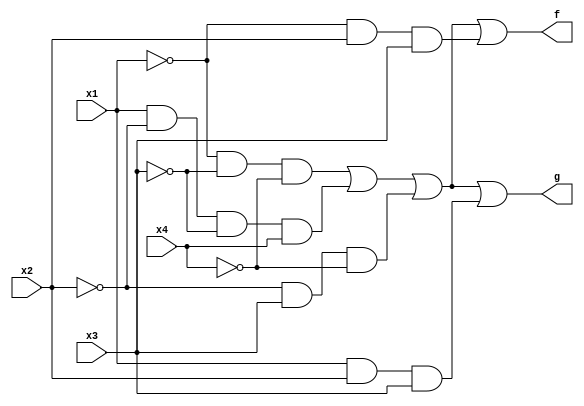
module q3(x1, x2, x3, x4, f, g);
input x1, x2, x3, x4;
output f, g;
assign f = (~x1&~x3&~x4)|(x1&~x2&~x3&x4)|(~x2&x3&~x4)|(~x1&x2&x3);
assign g = (~x1&~x3&~x4)|(x1&~x2&~x3&x4)|(~x2&x3&~x4)|(x1&x2&x3);
endmodule